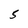
Character: 5